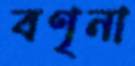
বণৃনা